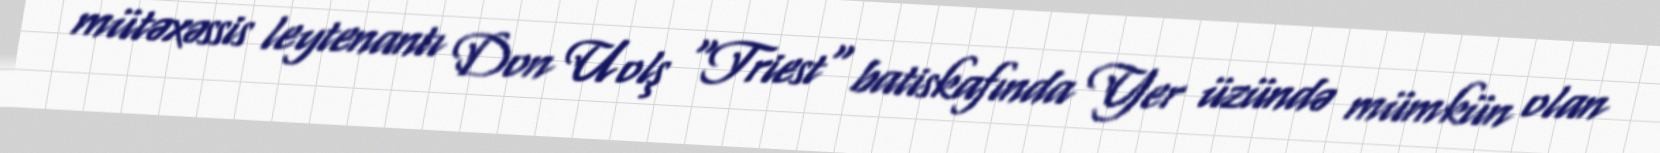
mütəxəssis leytenantı Don Uolş "Triest" batiskafında Yer üzündə mümkün olan